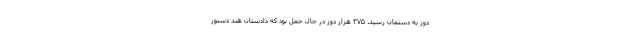
دوز به دستمان رسید، ۳۷۵ هزار دوز در حال حمل بود که دادستان هند دستور